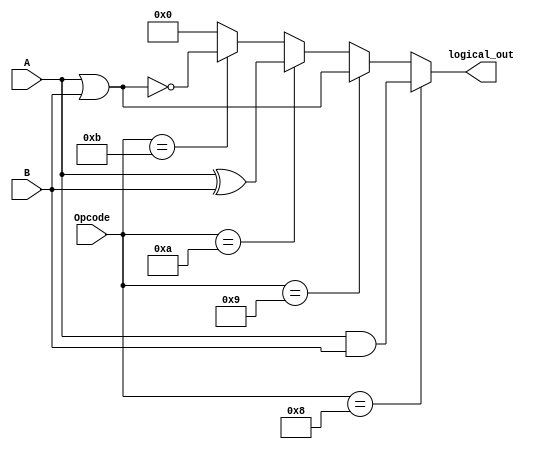
`timescale 1ns / 1ps
//////////////////////////////////////////////////////////////////////////////////
// Company: 
// Engineer: 
// 
// Design Name: 
// Module Name:    logical 
// Project Name: 
// Target Devices: 
// Tool versions: 
// Description: 
//
// Dependencies: 
//
// Revision: 
// Revision 0.01 - File Created
// Additional Comments: 
//
//////////////////////////////////////////////////////////////////////////////////
module Logical(logical_out, A, B, Opcode);

	output [3:0] logical_out;
	input [3:0] A, B, Opcode;

	assign logical_out = (Opcode == 4'b1000) ? (A & B)
							 : (Opcode == 4'b1001) ? (A | B)
							 : (Opcode == 4'b1010) ? (A ^ B)
							 : (Opcode == 4'b1011) ? ~(A | B)
							 : 4'b0000;

endmodule